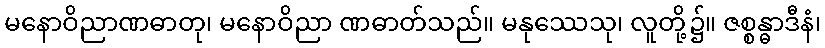
မနောဝိညာဏဓာတု၊ မနောဝိညာ ဏဓာတ်သည်။ မနုဿေသု၊ လူတို့၌။ ဇစ္စန္ဓာဒီနံ၊